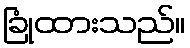
ခြုံထားသည်။